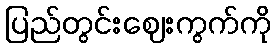
ပြည်တွင်းဈေးကွက်ကို